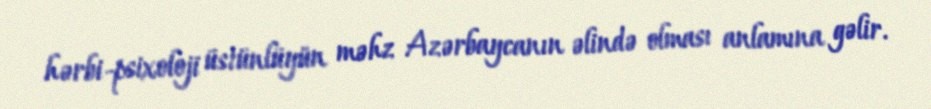
hərbi-psixoloji üstünlüyün məhz Azərbaycanın əlində olması anlamına gəlir.